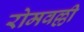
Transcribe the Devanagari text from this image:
रोमवल्ली